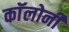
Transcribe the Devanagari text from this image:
काॅलोनी